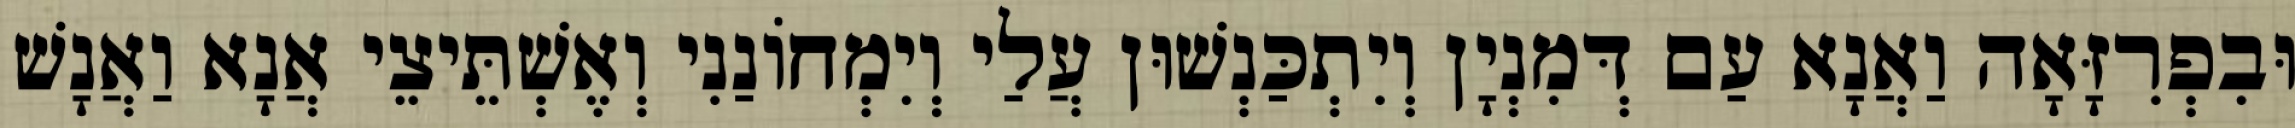
וּבִפְרִזָּאָה וַאֲנָא עַם דְּמִנְיָן וְיִתְכַּנְשׁוּן עֲלַי וְיִמְחוֹנַנִי וְאֶשְׁתֵּיצֵי אֲנָא וַאֲנָשׁ